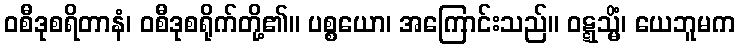
ဝစီဒုစရိတာနံ၊ ဝစီဒုစရိုက်တို့၏။ ပစ္စယော၊ အကြောင်းသည်။ ဝဋ္ဋသ္မိံ၊ ယေဘူမက